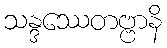
သန္ဒဿေတဗ္ဗာနိ